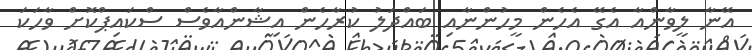
އޭނާ ލީވާންއާ އެގޭ އެހެން މީހުންނާއި ބައްދަލު ކުރާހެން އިޝާންއާވެސް ސްކައިޕްކޮށް ވާހަކަ